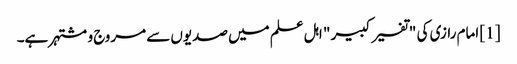
[1] امام رازی کی "تفسیر کبیر " اہل علم میں صدیوں سے مروج و مشتہر ہے۔